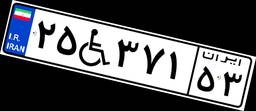
۴۱W۲۶۲۱۴